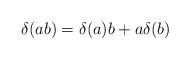
LaTeX: \begin{align*}\delta (a b) = \delta(a) b + a \delta (b)\end{align*}